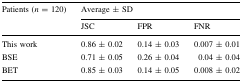
<table><thead><tr><td rowspan="2"><b>Patients (<i>n</i> = 120)</b></td><td colspan="3"><b>Average ± SD</b></td></tr><tr><td><b>JSC</b></td><td><b>FPR</b></td><td><b>FNR</b></td></tr></thead><tbody><tr><td>This work</td><td>0.86 ± 0.02</td><td>0.14 ± 0.03</td><td>0.007 ± 0.01</td></tr><tr><td>BSE</td><td>0.71 ± 0.05</td><td>0.26 ± 0.04</td><td>0.04 ± 0.04</td></tr><tr><td>BET</td><td>0.85 ± 0.03</td><td>0.14 ± 0.05</td><td>0.008 ± 0.02</td></tr></tbody></table>